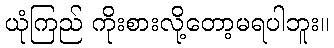
ယုံကြည် ကိုးစားလို့တော့မရပါဘူး။